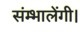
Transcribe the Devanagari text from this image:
संम्भालेंगी।